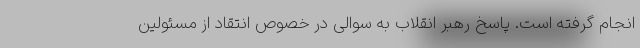
انجام گرفته است. پاسخ رهبر انقلاب به سوالی در خصوص انتقاد از مسئولین